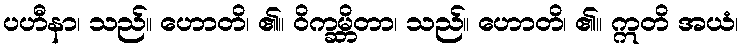
ပဟီနာ၊ သည်။ ဟောတိ၊ ၏။ ဝိက္ခမ္ဘိတာ၊ သည်။ ဟောတိ၊ ၏။ ဣတိ အယံ၊